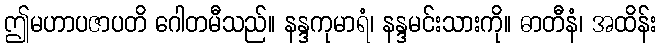
ဤမဟာပဇာပတိ ဂေါတမီသည်။ နန္ဒကုမာရံ၊ နန္ဒမင်းသားကို။ ဓာတီနံ၊ အထိန်း